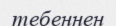
тебеннен